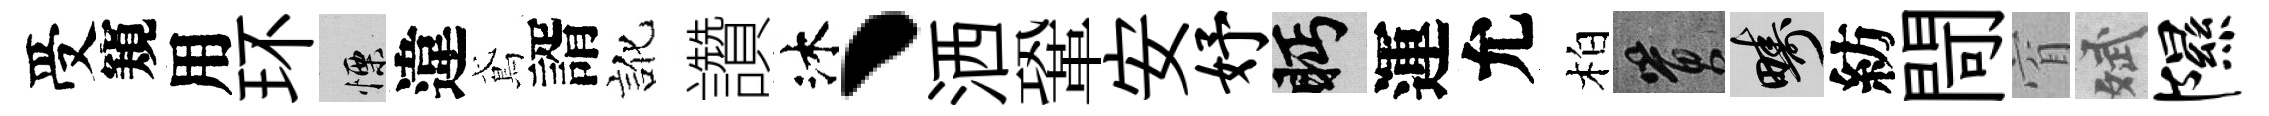
受窺用环慄違鳶諝訛讚沐丶洒鞏安妤眄運允柏篔疇紡閜窅斌隰